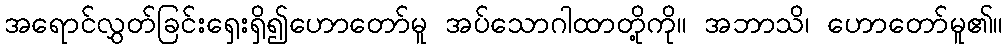
အရောင်လွှတ်ခြင်းရှေးရှိ၍ဟောတော်မူ အပ်သောဂါထာတို့ကို။ အဘာသိ၊ ဟောတော်မူ၏။